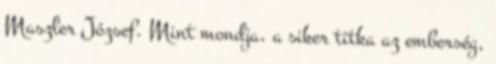
Maszler József. Mint mondja, a siker titka az emberség,